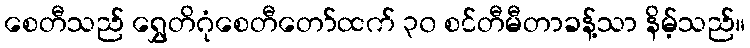
စေတီသည် ရွှေတိဂုံစေတီတော်ထက် ၃၀ စင်တီမီတာခန့်သာ နိမ့်သည်။